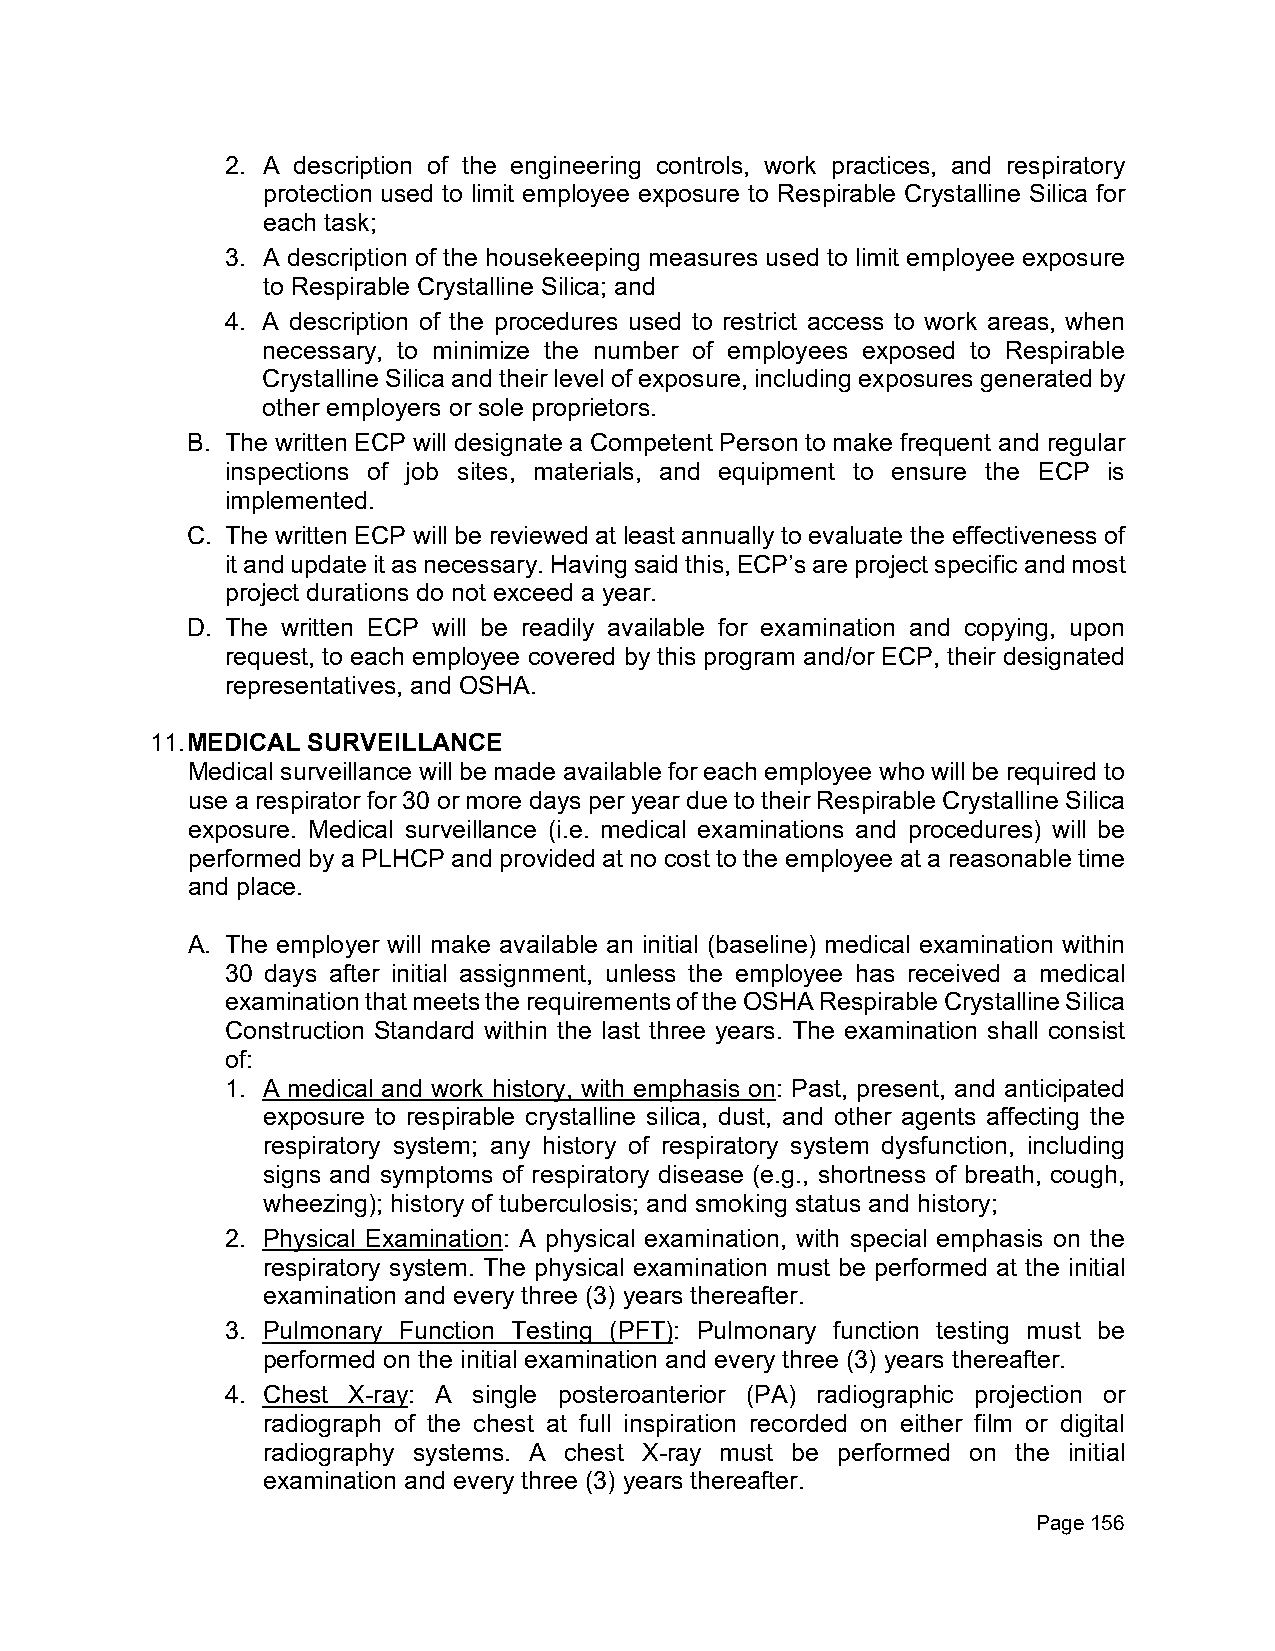
2. A description of the engineering controls, work practices, and respiratory
 protection used to limit employee exposure to Respirable Crystalline Silica for
 each task;
 3. A description of the housekeeping measures used to limit employee exposure
 to Respirable Crystalline Silica; and
 4. A description of the procedures used to restrict access to work areas, when
 necessary, to minimize the number of employees exposed to Respirable
 Crystalline Silica and their level of exposure, including exposures generated by
 other employers or sole proprietors.
 B. The written ECP will designate a Competent Person to make frequent and regular
 inspections of job sites, materials, and equipment to ensure the ECP is
 implemented.
 C. The written ECP will be reviewed at least annually to evaluate the effectiveness of
 it and update it as necessary. Having said this, ECP’s are project specific and most
 project durations do not exceed a year.
 D. The written ECP will be readily available for examination and copying, upon
 request, to each employee covered by this program and/or ECP, their designated
 representatives, and OSHA.
 11. MEDICAL SURVEILLANCE
 Medical surveillance will be made available for each employee who will be required to
 use a respirator for 30 or more days per year due to their Respirable Crystalline Silica
 exposure. Medical surveillance (i.e. medical examinations and procedures) will be
 performed by a PLHCP and provided at no cost to the employee at a reasonable time
 and place.
 A. The employer will make available an initial (baseline) medical examination within
 30 days after initial assignment, unless the employee has received a medical
 examination that meets the requirements of the OSHA Respirable Crystalline Silica
 Construction Standard within the last three years. The examination shall consist
 of:
 1. A medical and work history, with emphasis on: Past, present, and anticipated
 exposure to respirable crystalline silica, dust, and other agents affecting the
 respiratory system; any history of respiratory system dysfunction, including
 signs and symptoms of respiratory disease (e.g., shortness of breath, cough,
 wheezing); history of tuberculosis; and smoking status and history;
 2. Physical Examination: A physical examination, with special emphasis on the
 respiratory system. The physical examination must be performed at the initial
 examination and every three (3) years thereafter.
 3. Pulmonary Function Testing (PFT): Pulmonary function testing must be
 performed on the initial examination and every three (3) years thereafter.
 4. Chest X-ray: A single posteroanterior (PA) radiographic projection or
 radiograph of the chest at full inspiration recorded on either film or digital
 radiography systems. A chest X-ray must be performed on the initial
 examination and every three (3) years thereafter.
 Page 156